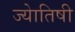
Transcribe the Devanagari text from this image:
ज्‍येातिषी